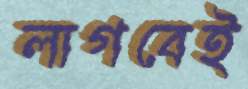
লাগবেই